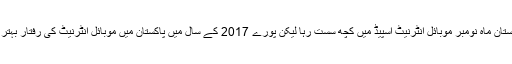
اگرچہ پاکستان ماہ نومبر موبائل انٹرنیٹ اسپیڈ میں کچھ سست رہا لیکن پورے 2017 کے سال میں پاکستان میں موبائل انٹرنیٹ کی رفتار بہتر ہوئی ہے۔